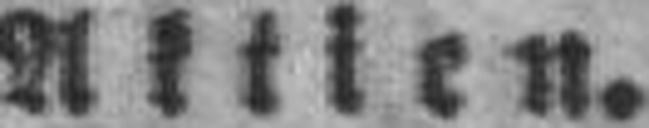
Aktien.